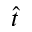
\hat { t }